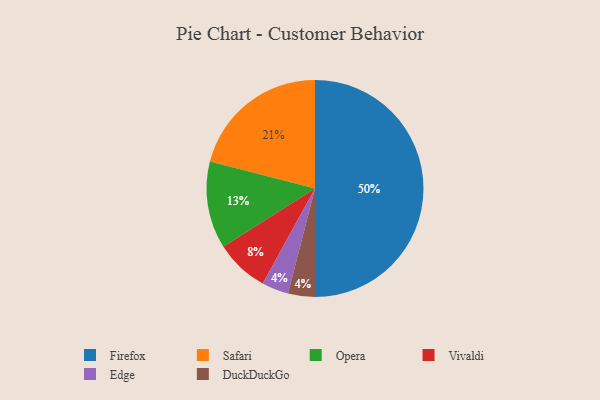
{"axis": {"x": "Category", "y": "Percentage"}, "legend": ["DuckDuckGo", "Edge", "Firefox", "Opera", "Safari", "Vivaldi"], "data": [{"x": "Opera", "y": 13, "type": "Opera"}, {"x": "Firefox", "y": 50, "type": "Firefox"}, {"x": "Safari", "y": 21, "type": "Safari"}, {"x": "Edge", "y": 4, "type": "Edge"}, {"x": "Vivaldi", "y": 8, "type": "Vivaldi"}, {"x": "DuckDuckGo", "y": 4, "type": "DuckDuckGo"}]}